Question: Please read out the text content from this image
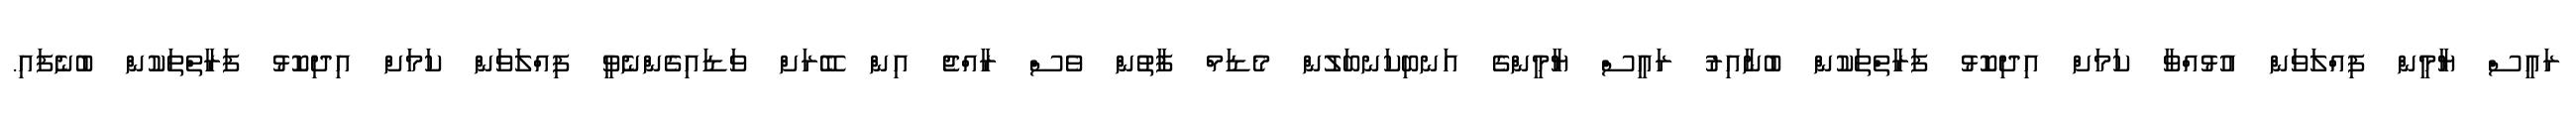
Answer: ރައީސް ޔާމީން ފިއްލަވަން އުޅުއްވާ ކަމަށް އިދިކޮޅު ފަރާތްތަކުން ބުނާއިރު ރައީސް ޔާމީންގެ އަނބިކަނބަލުން މެޑަމް ފާތުން ވެސް ރާއްޖެ އިން ބޭރަށް ވަޑައިގެންނެވީ ފިއްލަވަން ކަމަށް އިދިކޮޅު ފަރާތްތަކުން ބުނެފައި.